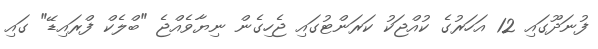
ފުނަދޫގައި 12 އަހަރުގެ ކުއްޖަކު ކަރަންޓުގައި ޖެހިގެން ނިޔާވެއްޖެ "ބްލެކް ފްރައިޑޭ" ގައި